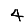
Digit: 4